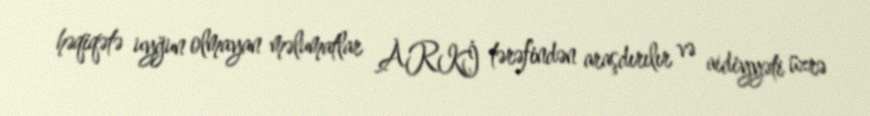
həqiqətə uyğun olmayan məlumatlar ARKİ tərəfindən araşdırılır və aidiyyəti üzrə